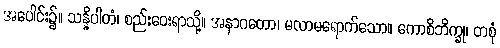
အပေါင်း၌။ သန္နိပါတံ၊ စည်းဝေးရာသို့။ အနာဂတော၊ မလာမရောက်သော။ ကောစိဘိက္ခု၊ တစုံ